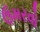
ઉમરવો